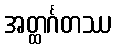
အတ္ထင်္ဂတဿ